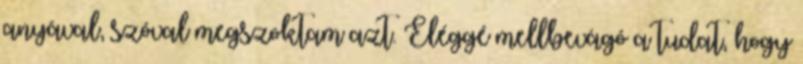
anyával, szóval megszoktam azt. Eléggé mellbevágó a tudat, hogy